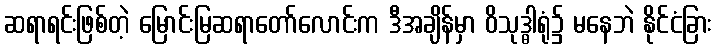
ဆရာရင်းဖြစ်တဲ့ မြောင်းမြဆရာတော်လောင်းက ဒီအချိန်မှာ ဝိသုဒ္ဓါရုံ၌ မနေဘဲ နိုင်ငံခြား